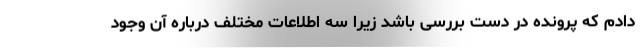
دادم که پرونده در دست بررسی باشد زیرا سه اطلاعات مختلف درباره آن وجود